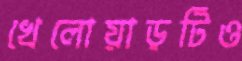
খেলোয়াড়টিও